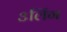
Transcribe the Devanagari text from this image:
३लिंग